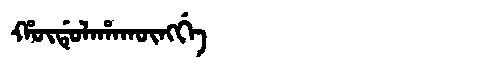
Manchu: ᡥᡡᡩᡠᠯᠠᡥᠠᡴᡡᠩᡤᡝ
Romanization: HŪDULAHAKŪNGGE